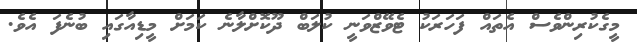
މީގެކުރިންވެސް އެތައް ފަހަރަކު ޓެވޭޒްވަނީ ކުލަބް ދޫކޮށްލާނެ ކަމަށް މީޑިއާގައި ބުނެފަ އެވެ.